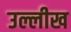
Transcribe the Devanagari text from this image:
उल्लीख